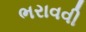
ભરાવવી